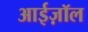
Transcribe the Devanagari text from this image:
आईज़ॉल